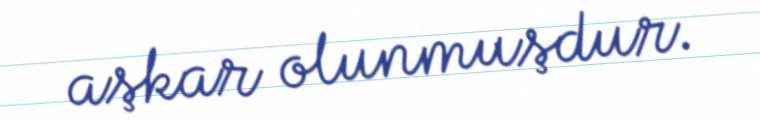
aşkar olunmuşdur.